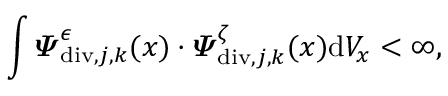
\int \displaylimits \boldsymbol { \varPsi } _ { \mathrm { d i v } , j , \boldsymbol { k } } ^ { \epsilon } ( \boldsymbol { x } ) \cdot \boldsymbol { \varPsi } _ { \mathrm { d i v } , j , \boldsymbol { k } } ^ { \zeta } ( \boldsymbol { x } ) \mathrm { d } V _ { x } < \infty ,